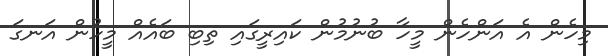
މިހެން އެ އަންހެން މީހާ ބުނުމުން ކައިރީގައި ތިބި ބައެއް މީހުން އަނގަ